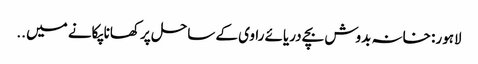
لاہور: خانہ بدوش بچے دریائے راوی کے ساحل پر کھانا پکانے میں ..